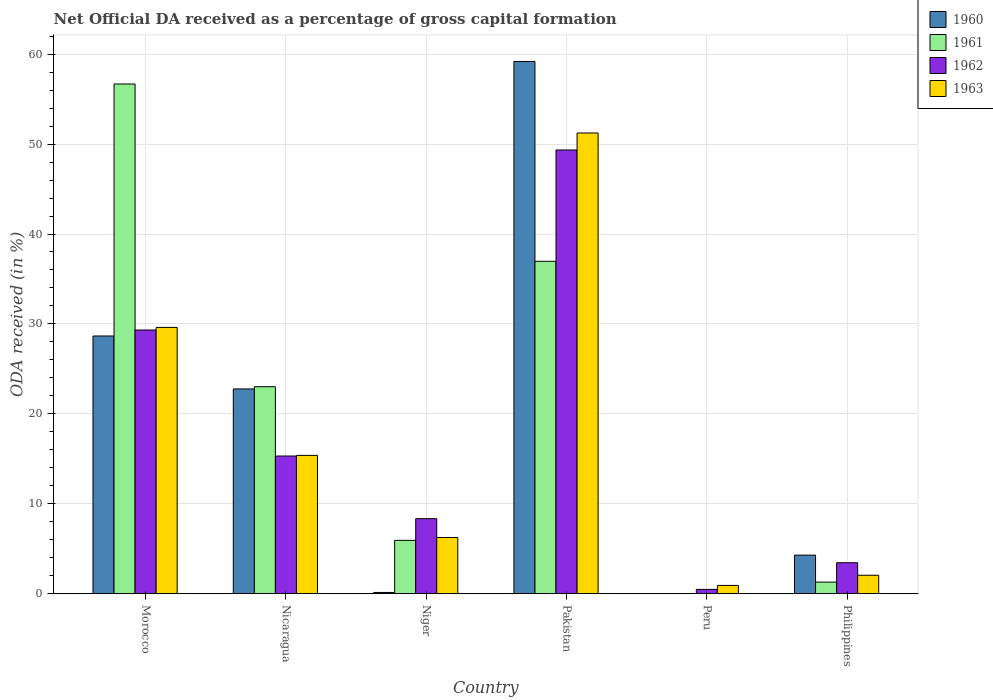
| Country | 1960 | 1961 | 1962 | 1963 |
 | --- | --- | --- | --- | --- |
 | Morocco | 28.7 | 56.7 | 29.3 | 29.6 |
 | Nicaragua | 22.8 | 23 | 15.3 | 15.4 |
 | Niger | 0.133 | 5.93 | 8.34 | 6.25 |
 | Pakistan | 59.2 | 37 | 49.3 | 51.2 |
 | Peru | -1.13 | -1.77 | 0.474 | 0.917 |
 | Philippines | 4.28 | 1.29 | 3.44 | 2.05 |